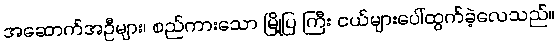
အဆောက်အဦများ၊ စည်ကားသော မြို့ပြ ကြီး ငယ်များပေါ်ထွက်ခဲ့လေသည်။